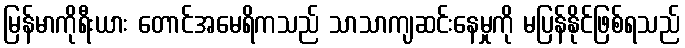
မြန်မာကိုရီးယား တောင်အမေရိကသည် သာသာကျဆင်းနေမှုကို မပြန်နိုင်ဖြစ်ရသည်